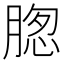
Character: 𮌢